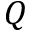
Q